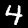
Digit: 4